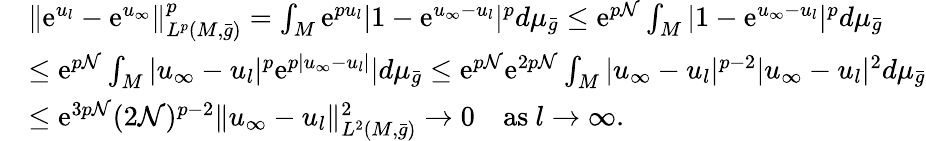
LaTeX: \begin{array}{rl}&{\| \mathrm{e}^{u_{l}}-\mathrm{e}^{u_{\infty}}\| _{L^{p}(M,\bar{g})}^{p}=\int_{M}\mathrm{e}^{pu_{l}}|1-\mathrm{e}^{u_{\infty}-u_{l}}|^{p}d\mu_{\bar{g}}\le\mathrm{e}^{p\mathcal{N}}\int_{M}|1-\mathrm{e}^{u_{\infty}-u_{l}}|^{p}d\mu_{\bar{g}}}\\ &{\le\mathrm{e}^{p\mathcal{N}}\int_{M}|u_{\infty}-u_{l}|^{p}\mathrm{e}^{p|u_{\infty}-u_{l}|}|d\mu_{\bar{g}}\le\mathrm{e}^{p\mathcal{N}}\mathrm{e}^{2p\mathcal{N}}\int_{M}|u_{\infty}-u_{l}|^{p-2}|u_{\infty}-u_{l}|^{2}d\mu_{\bar{g}}}\\ &{\le\mathrm{e}^{3p\mathcal{N}}(2\mathcal{N})^{p-2}\| u_{\infty}-u_{l}\| _{L^{2}(M,\bar{g})}^{2}\to 0\quad\mathrm{as~}l\to\infty.}\end{array}